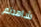
شاهدتم